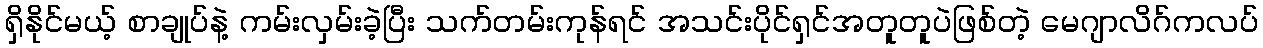
ရှိနိုင်မယ့် စာချုပ်နဲ့ ကမ်းလှမ်းခဲ့ပြီး သက်တမ်းကုန်ရင် အသင်းပိုင်ရှင်အတူတူပဲဖြစ်တဲ့ မေဂျာလိဂ်ကလပ်